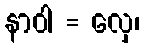
နာဝါ = လှေ၊